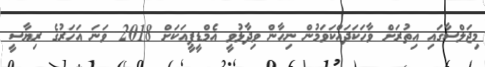
މިޖަލްސާގައި އިތުރަށް ވާހަކަދައްކަވަމުން ނިހާން ވިދާޅުވީ އެމްޑީޕީއަކަށް 2018 ވަނަ އަހަރުގެ ރިޔާސީ